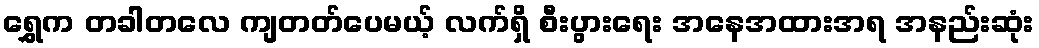
ရွှေက တခါတလေ ကျတတ်ပေမယ့် လက်ရှိ စီးပွားရေး အနေအထားအရ အနည်းဆုံး